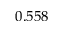
0 . 5 5 8